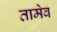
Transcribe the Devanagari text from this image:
तामेव